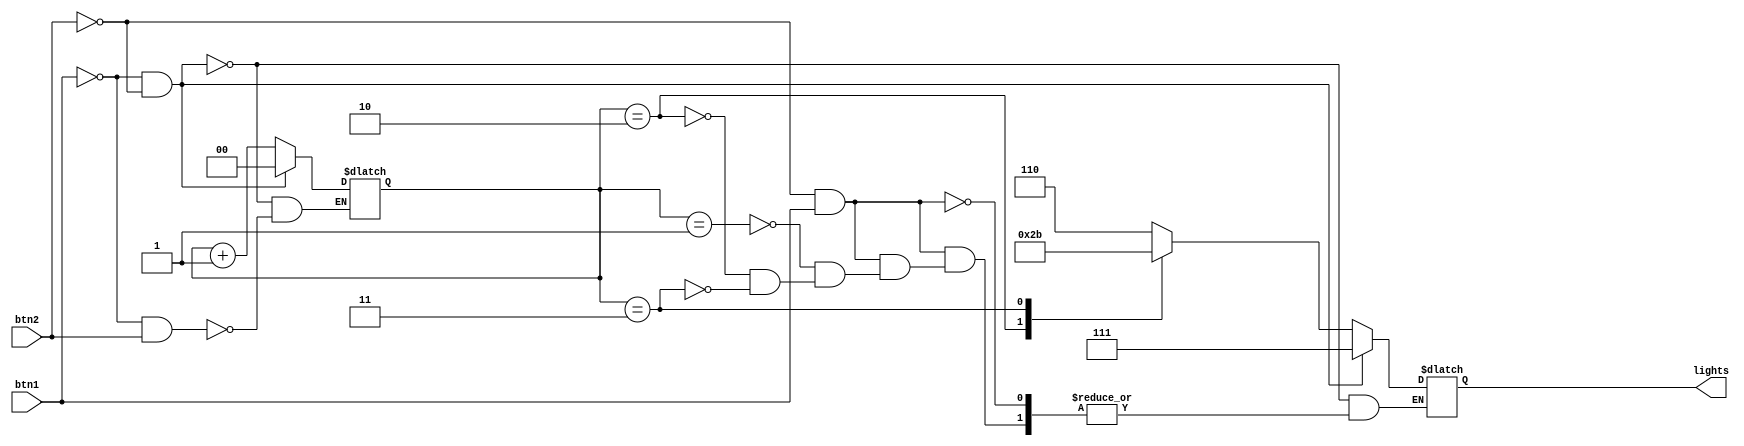
module a ( 
    input btn1,                     //butonlar input ve ledleri output olarak verdim.
    input btn2,    
    output reg [2:0] lights);       //led iin 3 bit tutan bir oluturdum.

    reg [1:0] count = 2'b00;     // count adnda, register trnde 2 bit tutan bir sayc oluturdum ve ilk deeri "0".
    initial begin
        lights = 3'b111;         //initial bloklar iinde led'in ilk deerini verdim ve balangta yanmayacak.
    end
    
    always @ (btn1 | btn2) begin                //sensitivity listte butonlar tetikleyici olarak verdim.
        if((btn1 == 0) && (btn2 == 1))begin     
            count <= count + 1;                 // sadece "A" butonuna basldnda saycnn deeri "1" artacak.
        end
        if( (btn2 == 0) && (btn1 == 1)) begin      // sadece "B" butonuna basldnda saycnn deerine gre belirtilen renkte led yanacak.
            case (count)
                2'b01: begin
                    lights = 3'b110;
                end
                2'b10: begin
                    lights = 3'b101;
                end
                2'b11: begin
                    lights = 3'b011;
                end
            endcase
        end
        if ((btn1 == 0) && (btn2 == 0)) begin           //eer iki butona da baslmsa sayc sfrlanacak ve led snecek.
             count <= 2'b00;
             lights = 3'b111;
        end
            
    end

endmodule